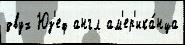
двух Юз'еф англ ам'ер'ика́нца